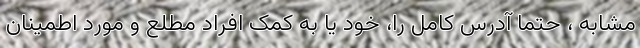
مشابه ، حتماً آدرس کامل را، خود یا به کمک افراد مطلع و مورد اطمینان